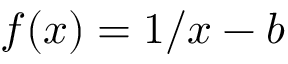
f ( x ) = 1 / x - b